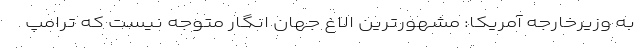
به وزیرخارجه آمریکا: مشهورترین الاغ جهان انگار متوجه نیست که ترامپ